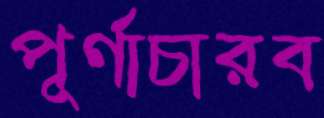
পূর্ণাচারব